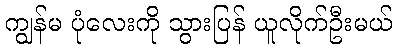
ကျွန်မ ပုံလေးကို သွားပြန် ယူလိုက်ဦးမယ်